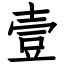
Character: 壹